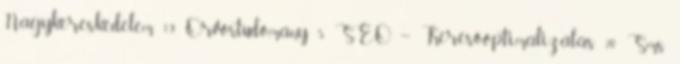
Nagykereskedelem 19 Orvostudomány 5 SEO – Keresőoptimalizálás 20 Sms